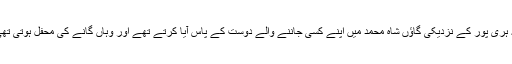
یہ ہری پور کے نزدیکی گاؤں شاہ محمد میں اپنے کسی جاننے والے دوست کے پاس آیا کرتے تھے اور وہاں گانے کی محفل ہوتی تھی۔